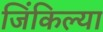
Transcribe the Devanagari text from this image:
जिंकिल्या